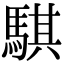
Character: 騏